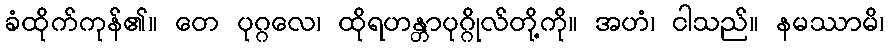
ခံထိုက်ကုန်၏။ တေ ပုဂ္ဂလေ၊ ထိုရဟန္တာပုဂ္ဂိုလ်တို့ကို။ အဟံ၊ ငါသည်။ နမဿာမိ၊